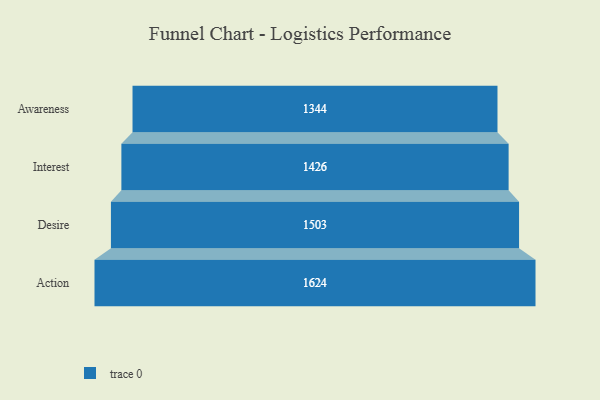
{"axis": {"x": "Stage", "y": "Value"}, "legend": [""], "data": [{"x": "Awareness", "y": 1344.0, "type": ""}, {"x": "Interest", "y": 1426.0, "type": ""}, {"x": "Desire", "y": 1503.0, "type": ""}, {"x": "Action", "y": 1624.0, "type": ""}]}